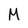
Character: M